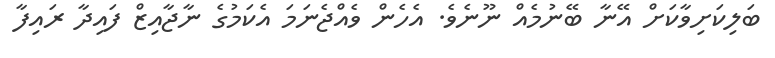
ބަލިކަށިވާކަށް އޭނާ ބޭނުމެއް ނޫނެވެ. އެހެން ވެއްޖެނަމަ އެކަމުގެ ނާޖާއިޒް ފައިދާ ރައިފާ